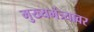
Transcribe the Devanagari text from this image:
मुख्यमंत्र्यावर